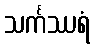
သင်္ကဿရံ